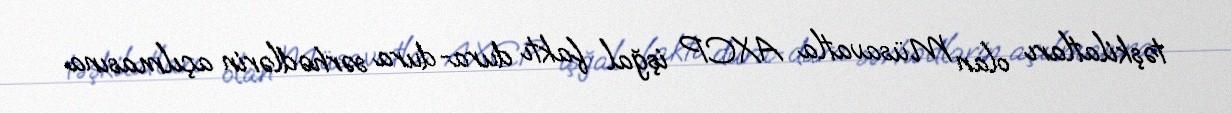
təşkilatları olan Müsavatla AXCP işğal faktı dura-dura sərhədlərin açılmasına